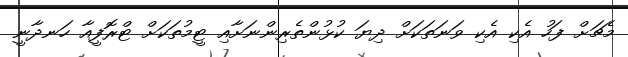
މެޗަށް ފަހު އެކި އެކި ވަނަތަކަށް ދިޔަ ކުޅުންތެރިންނަށާއި ޓީމުތަކަށް ޓްރޮފީއާ ހަނދާނީ